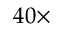
4 0 \times